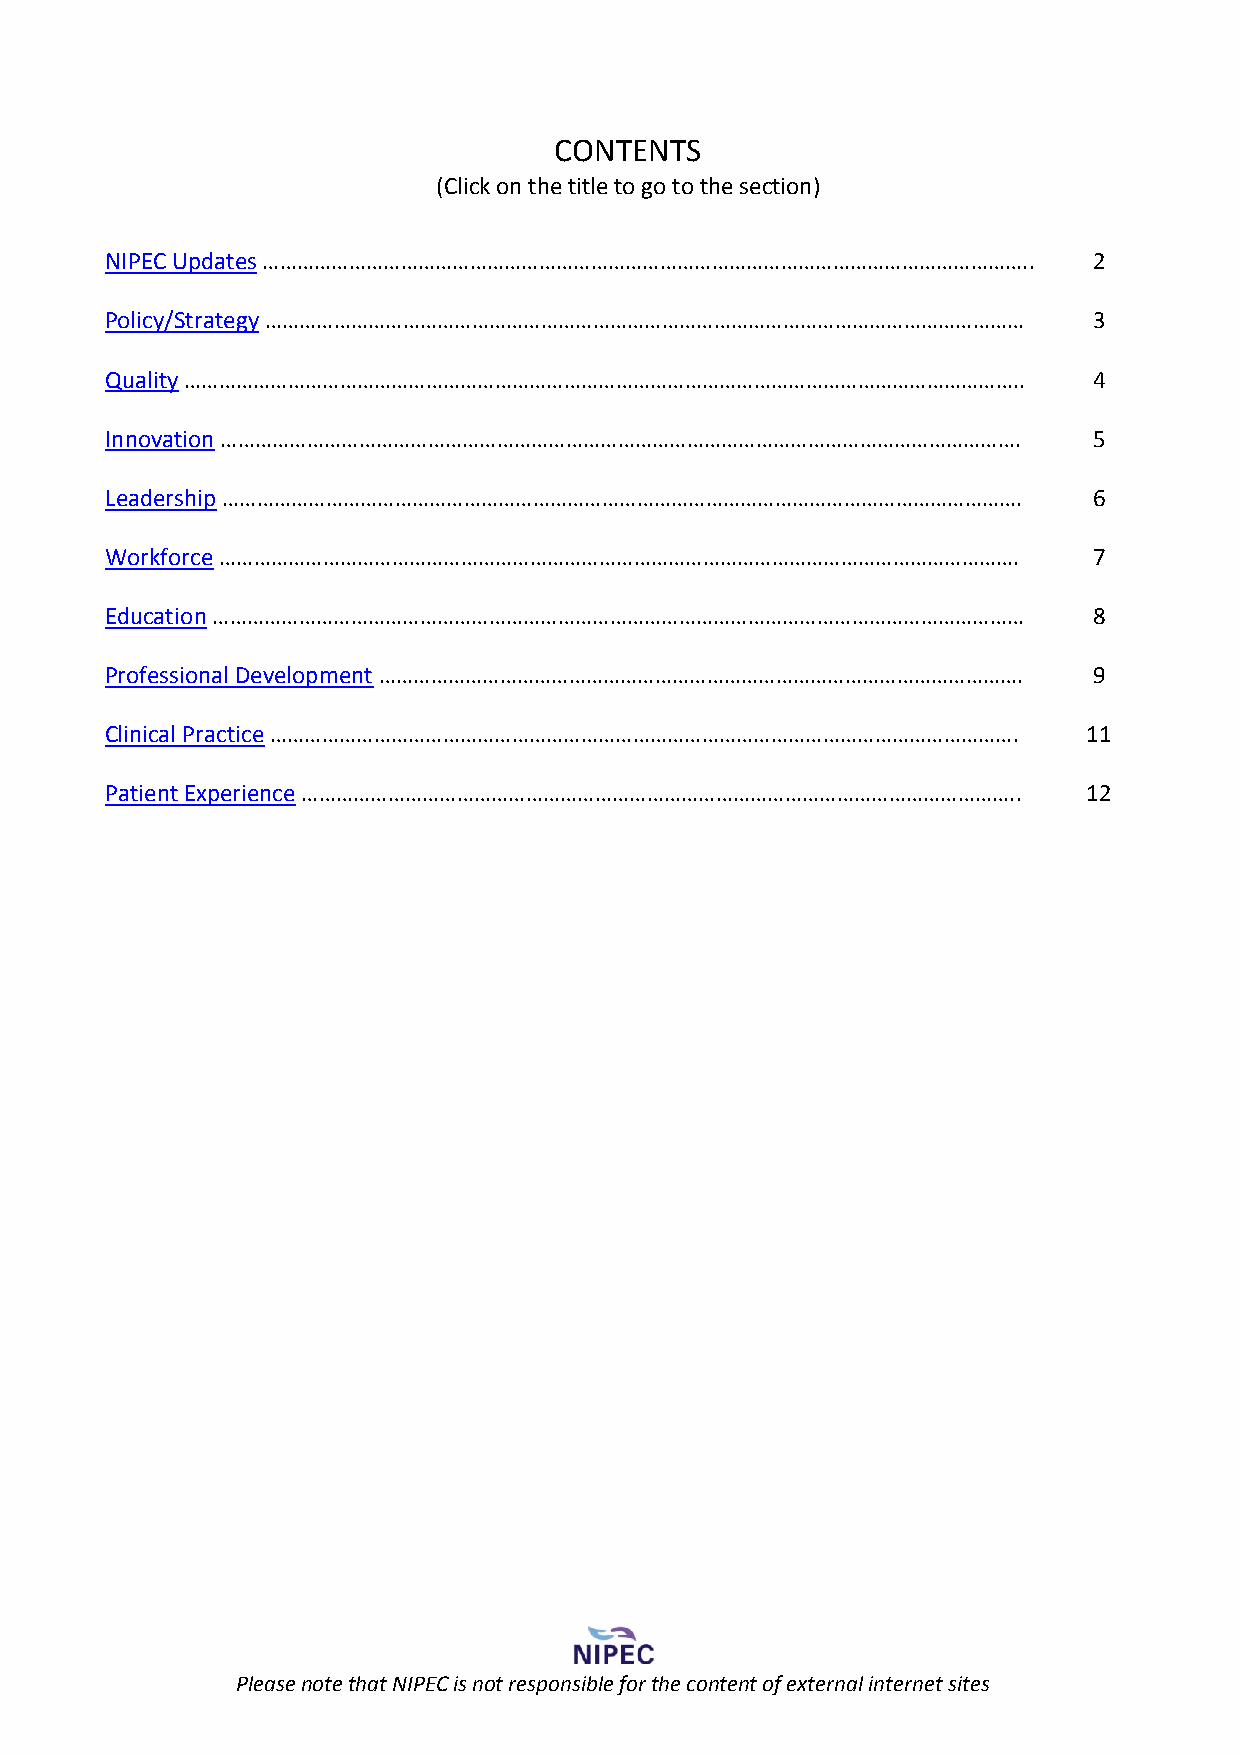
CONTENTS
 (Click on the title to go to the section)
 NIPEC Updates ……………………………………………………………………………………………………………………..     2
 Policy/Strategy ……………………………………………………………………………………………………………………     3
 Quality ………………………………………………………………………………………………………………………………..       4
 Innovation ………………………………………………………………………………………………………………………….       5
 Leadership ………………………………………………………………………………………………………………………….       6
 Workforce ………………………………………………………………………………………………………………………….        7
 Education ……………………………………………………………………………………………………………………………        8
 Professional Development ………………………………………………………………………………………………….  9
 Clinical Practice ………………………………………………………………………………………………………………….   11
 Patient Experience ……………………………………………………………………………………………………………..   12
 Please note that NIPEC is not responsible for the content of external internet sites